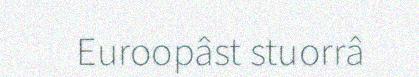
Euroopâst stuorrâ